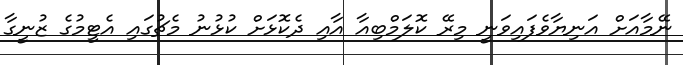
ނޭމާއަށް އަނިޔާވެފައިވަނީ މިރޭ ކޮލަމްބިއާ އާއި ދެކޮޅަށް ކުޅުނު މެޗުގައި އެޓީމުގެ ޒުނީގާ